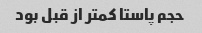
حجم پاستا کمتر از قبل بود